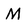
Character: M